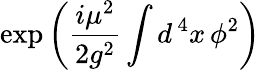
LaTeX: \exp\left({\frac{i\mu^{2}}{2g^{2}}}\int d^{\, 4}x\, \phi^{2}\right)